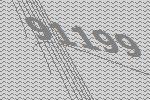
91199